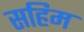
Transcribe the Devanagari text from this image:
सहिम